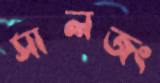
সালজং